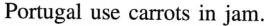
Portugal use carrots in jam.